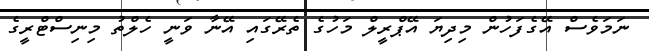
ނަމަވެސް އޭގެފަހުން މިދިޔަ އޭޕްރީލް މަހުގެ ތެރޭގައި އޭނާ ވަނީ ހެލްތު މިނިސްޓްރީގެ